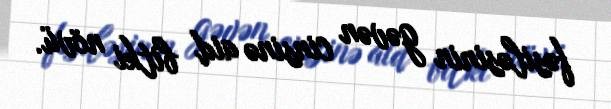
fəsiləsinin gəvən cinsinə aid bitki növü.